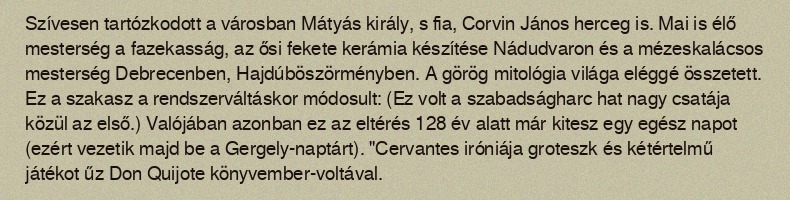
Szívesen tartózkodott a városban Mátyás király, s fia, Corvin János herceg is. Mai is élő mesterség a fazekasság, az ősi fekete kerámia készítése Nádudvaron és a mézeskalácsos mesterség Debrecenben, Hajdúböszörményben. A görög mitológia világa eléggé összetett. Ez a szakasz a rendszerváltáskor módosult: (Ez volt a szabadságharc hat nagy csatája közül az első.) Valójában azonban ez az eltérés 128 év alatt már kitesz egy egész napot (ezért vezetik majd be a Gergely-naptárt). "Cervantes iróniája groteszk és kétértelmű játékot űz Don Quijote könyvember-voltával.